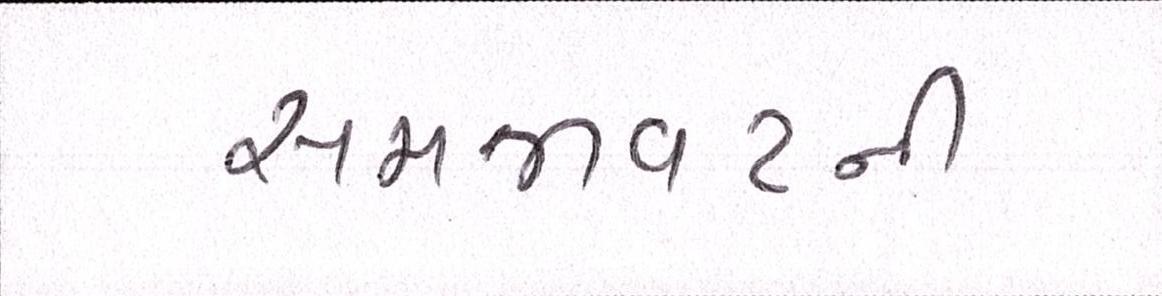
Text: સમજાવટની